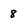
Character: 8